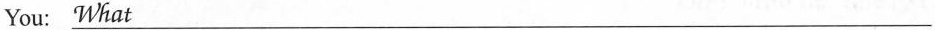
You:\underline{What}